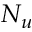
N _ { u }